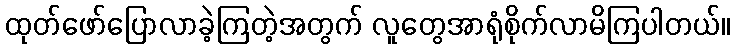
ထုတ်ဖော်ပြောလာခဲ့ကြတဲ့အတွက် လူတွေအာရုံစိုက်လာမိကြပါတယ်။